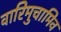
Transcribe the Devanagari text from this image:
वारिमुचामिव